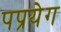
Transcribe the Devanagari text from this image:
पप्रयेग